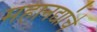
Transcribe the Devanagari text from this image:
महानद्यांचे